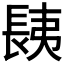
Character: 𨱾